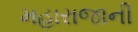
મહારાજાની